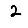
Digit: 2